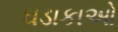
ઘડાકાઓ